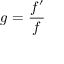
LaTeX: g = { \frac { f ^ { \prime } } { f } }